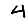
Digit: 4